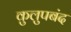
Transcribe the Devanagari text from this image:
कुलुपबंद